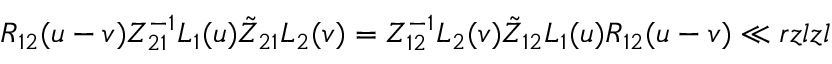
{ R } _ { 1 2 } ( u - v ) Z _ { 2 1 } ^ { - 1 } L _ { 1 } ( u ) \tilde { Z } _ { 2 1 } L _ { 2 } ( v ) = Z _ { 1 2 } ^ { - 1 } L _ { 2 } ( v ) \tilde { Z } _ { 1 2 } L _ { 1 } ( u ) { R } _ { 1 2 } ( u - v ) \ll { r z l z l }